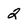
Character: 2